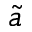
\tilde { a }